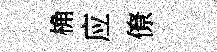
桷应僚